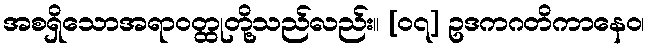
အစရှိသောအရာဝတ္ထုတို့သည်လည်း။ [၀၇] ဥဒကဂတိကာနေဝ၊